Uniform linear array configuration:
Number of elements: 16
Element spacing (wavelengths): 1
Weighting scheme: binomial
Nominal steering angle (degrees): -30
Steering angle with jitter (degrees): -29.12
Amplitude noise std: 0.05
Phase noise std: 0.05

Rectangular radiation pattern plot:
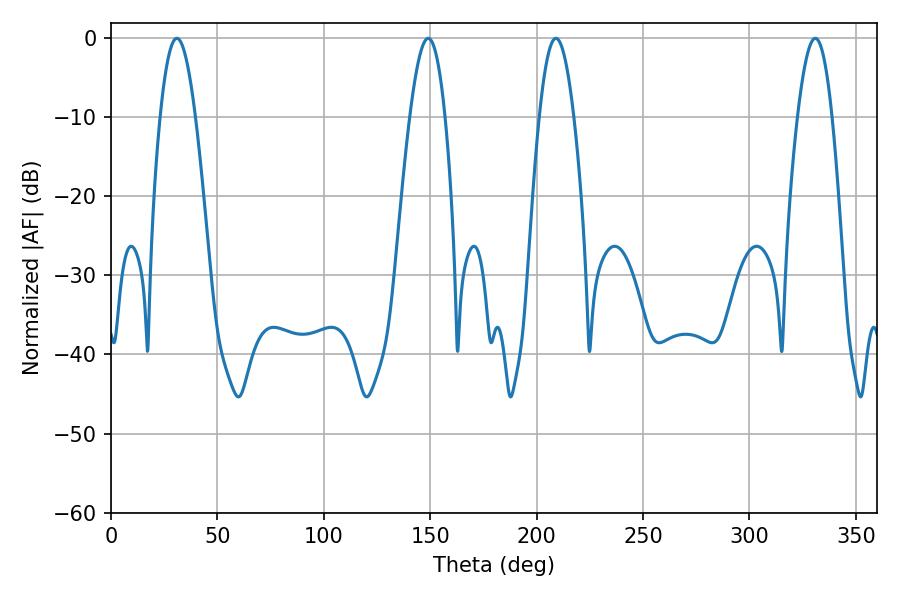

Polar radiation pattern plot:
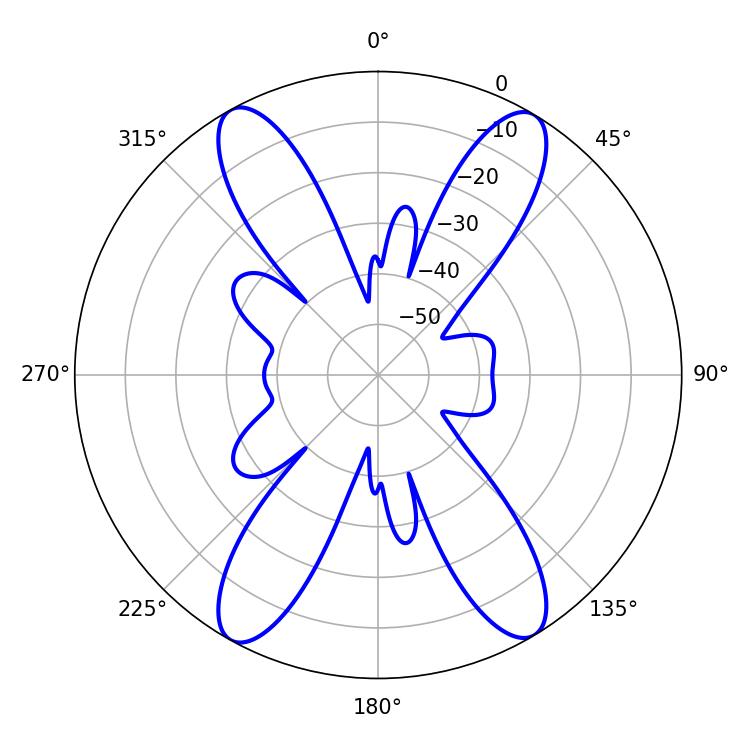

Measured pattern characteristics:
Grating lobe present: TRUE
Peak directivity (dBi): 21.991
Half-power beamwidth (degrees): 9
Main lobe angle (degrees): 30.96